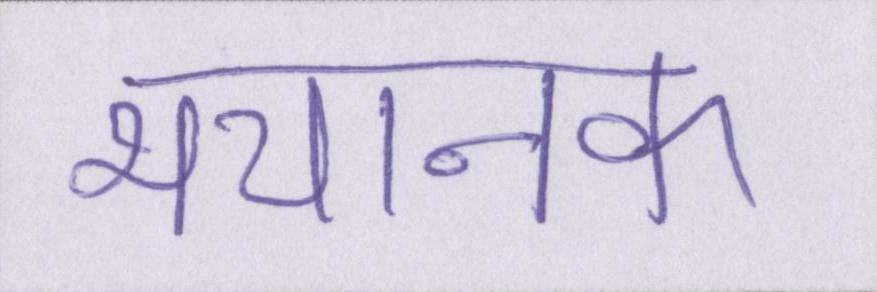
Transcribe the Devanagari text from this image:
भयानक